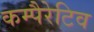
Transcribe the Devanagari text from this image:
कम्पैरेटिव